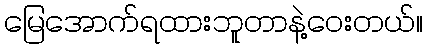
မြေအောက်ရထားဘူတာနဲ့ဝေးတယ်။